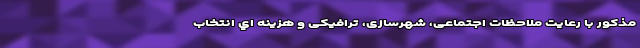
مذکور با رعایت ملاحظات اجتماعی، شهرسازی، ترافیکی و هزینه اي انتخاب